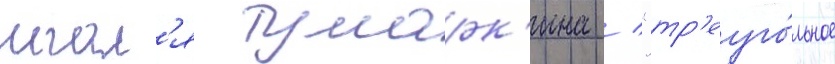
игал'я тумарк'ина / "тр'еуго́льное